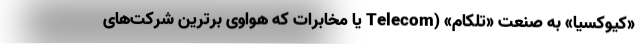
«کیوکسیا» به صنعت «تلکام» (Telecom یا مخابرات که هواوی برترین شرکت‌های